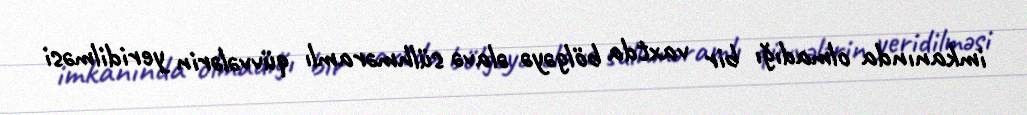
imkanında olmadığı bir vaxtda bölgəyə əlavə sülhməramlı qüvvələrin yeridilməsi